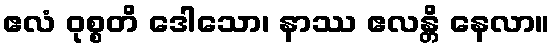
ဧလံ ဝုစ္စတိ ဒေါသော၊ နာဿ ဧလန္တိ နေလာ။